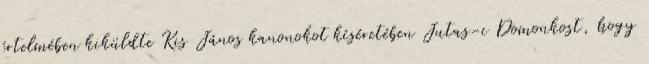
értelmében kiküldte Kis János kanonokot kíséretében Jutas-i Domonkost, hogy